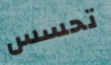
تحسس